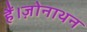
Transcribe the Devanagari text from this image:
हैं।ज़ोनाथन